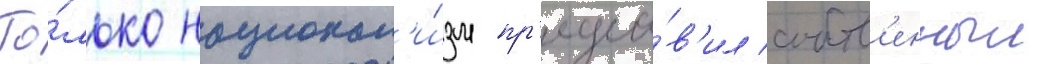
То́лько национал'и́зм пр'едста́в'ил собств'енныи